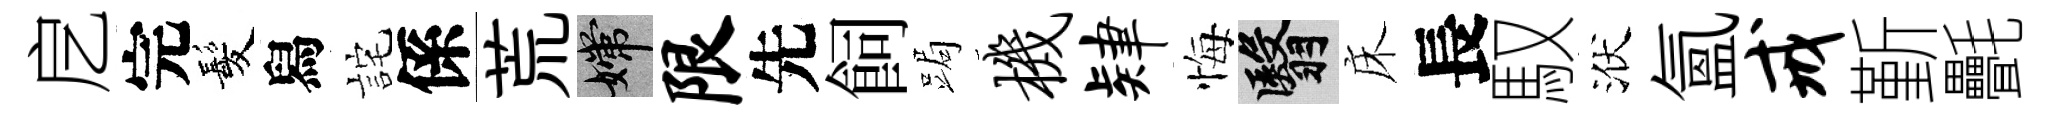
戹完髪舄詫係荒嫦限先飼跼机肄悔翳床長馭洑氲戒斳㲲